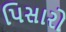
પિસારો